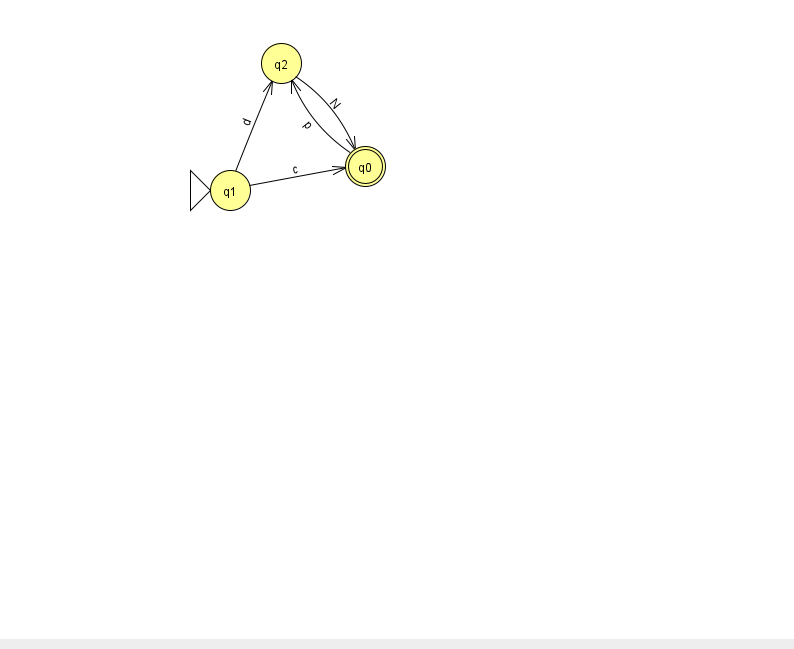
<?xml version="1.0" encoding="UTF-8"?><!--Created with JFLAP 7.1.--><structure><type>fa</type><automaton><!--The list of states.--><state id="0" name="q0"><x>365.0</x><y>153.0</y><final/></state><state id="1" name="q1"><x>230.0</x><y>177.0</y><initial/></state><state id="2" name="q2"><x>281.0</x><y>50.0</y></state><!--The list of transitions.--><transition><from>0</from><to>2</to><read>p</read></transition><transition><from>2</from><to>0</to><read>N</read></transition><transition><from>1</from><to>2</to><read>d</read></transition><transition><from>1</from><to>0</to><read>c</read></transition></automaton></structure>